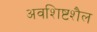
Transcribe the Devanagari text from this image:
अवशिष्टशैल